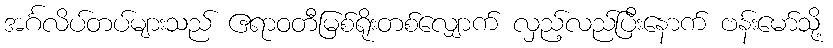
အင်္ဂလိပ်တပ်များသည် ဧရာဝတီမြစ်ရိုးတစ်လျှောက် လှည့်လည်ပြီးနောက် ဗန်းမော်သို့